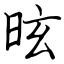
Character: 昡